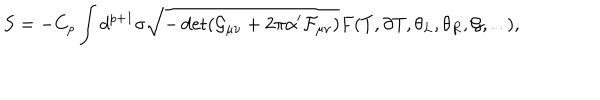
S = - C _ { p } \int d ^ { p + 1 } \sigma \sqrt { - \det ( \mathcal { G } _ { \mu \nu } + 2 \pi \alpha ^ { \prime } \mathcal { F } _ { \mu \nu } ) } F ( T , \partial T , \theta _ { L } , \theta _ { R } , \mathcal { G } , . . ) ,